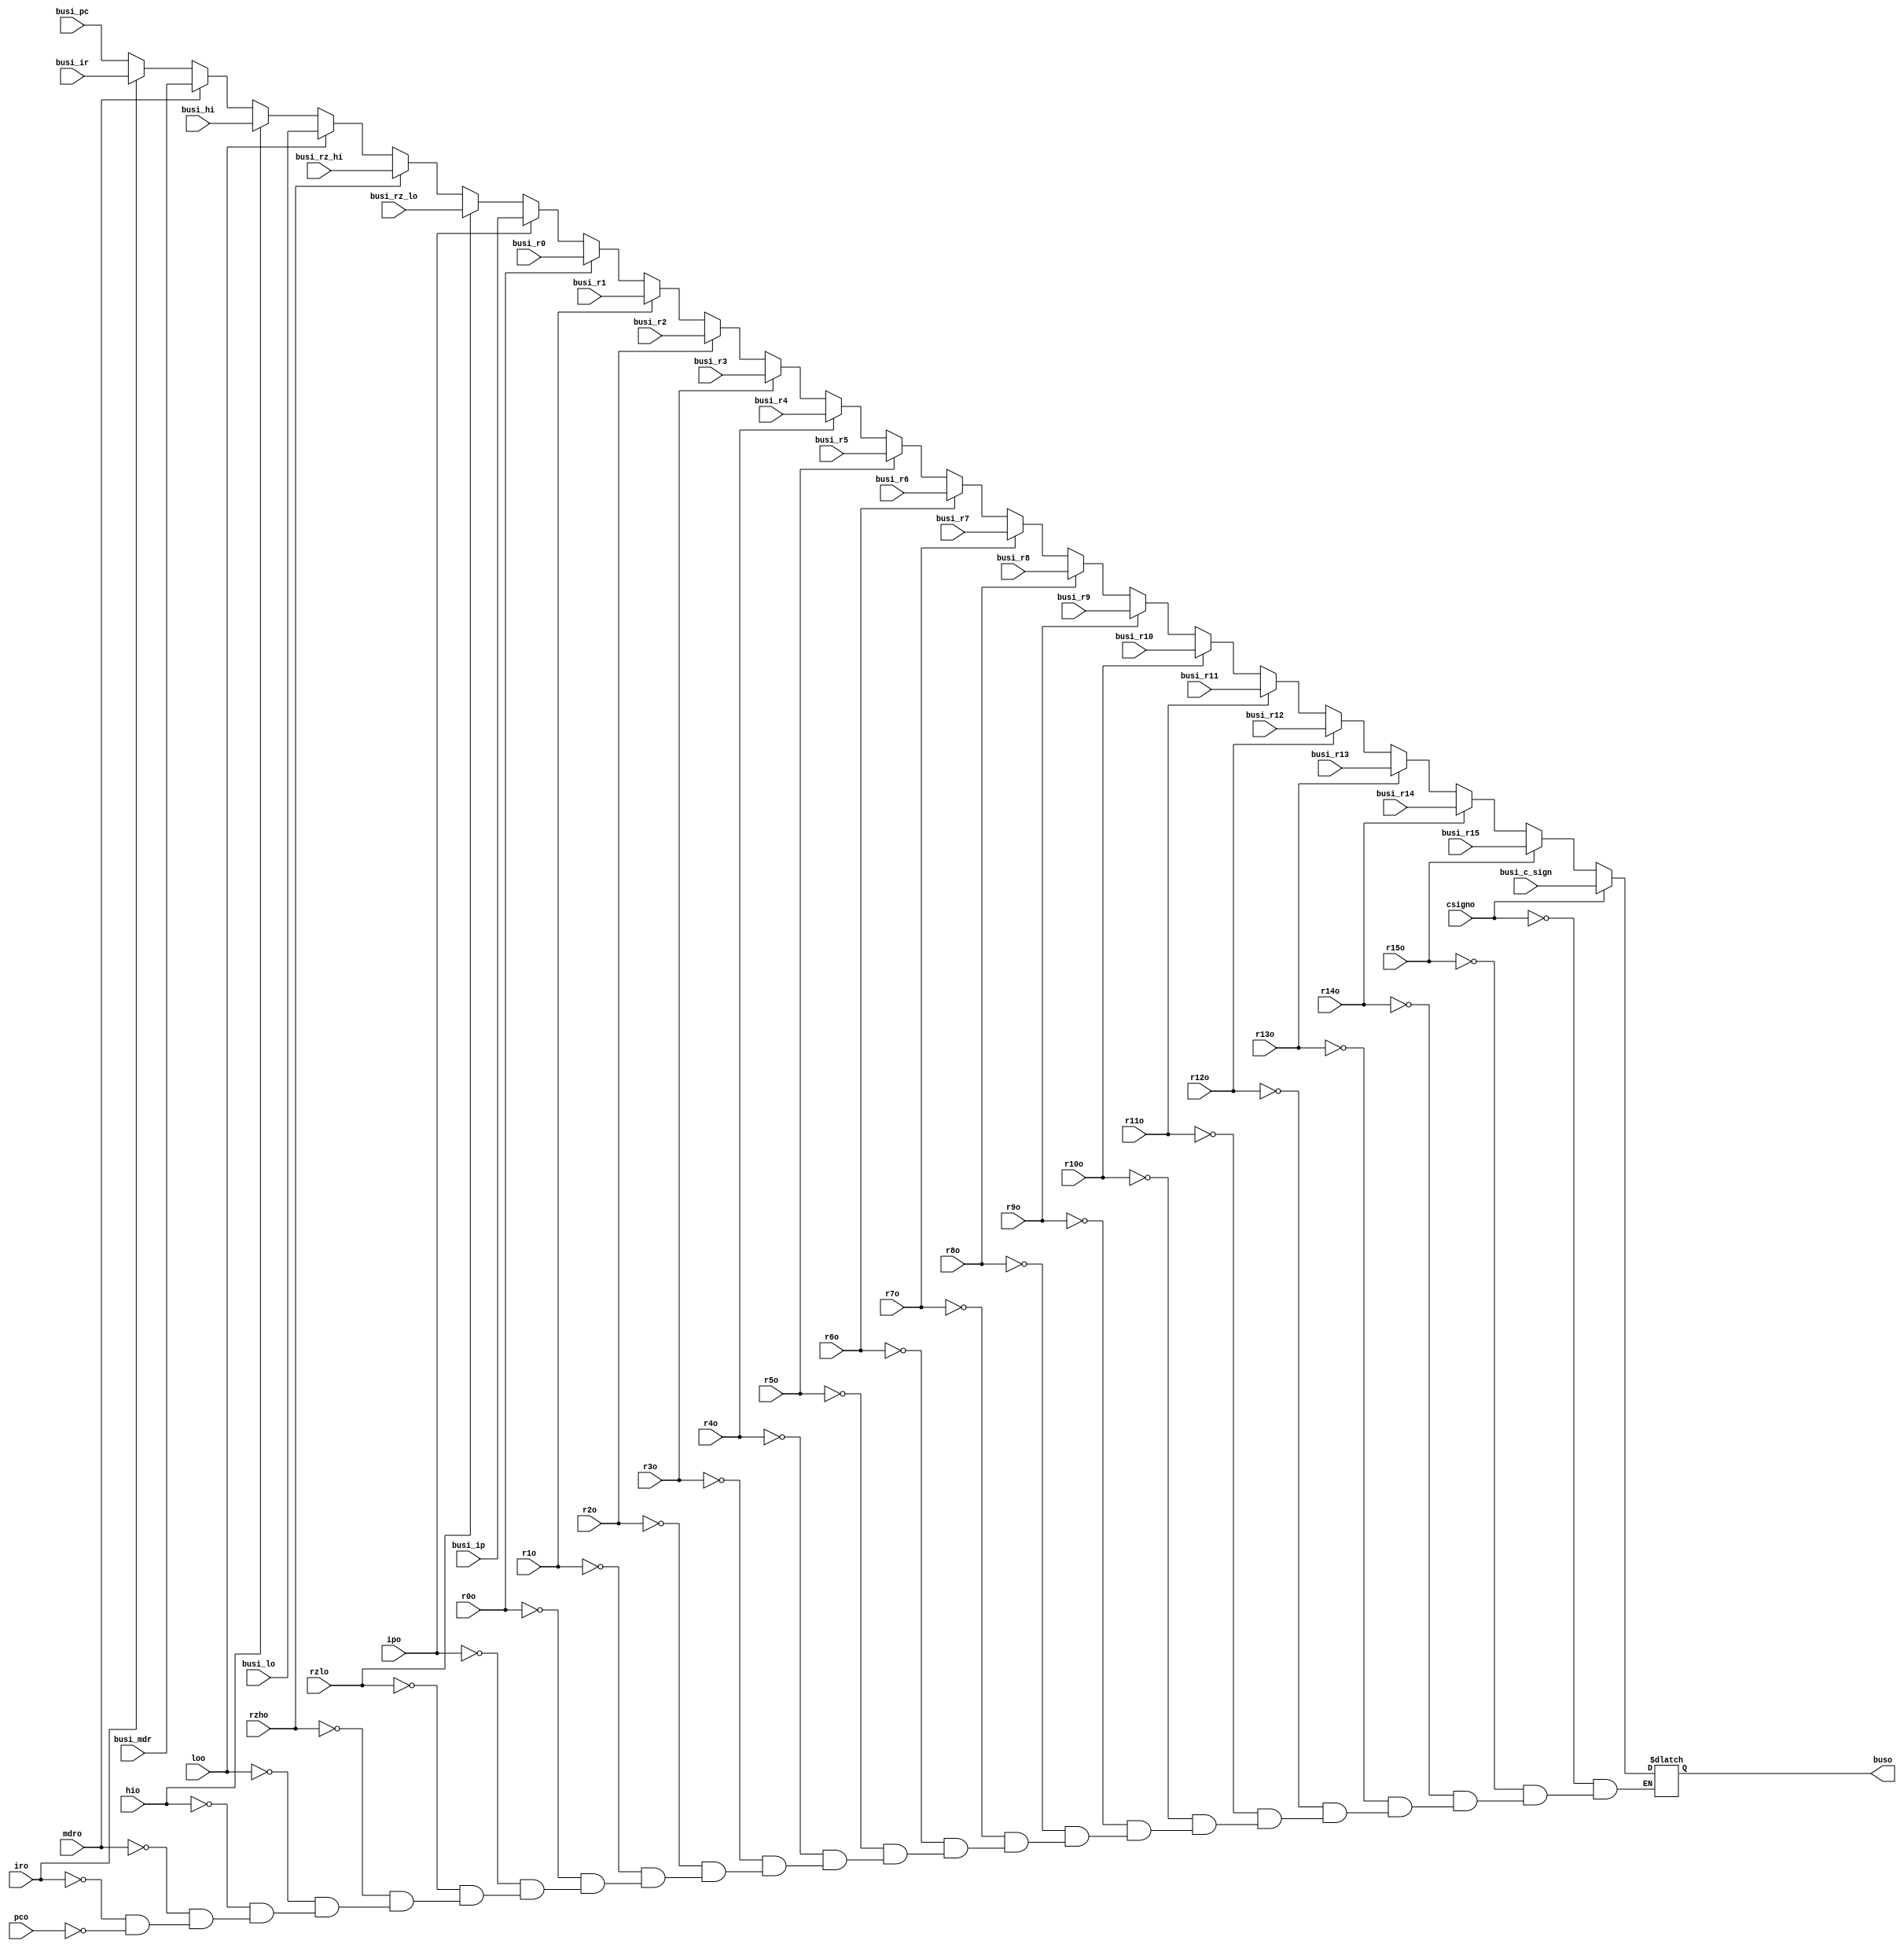

module bus (

	// mux 
	input wire [31:0] busi_pc, 
	input wire [31:0] busi_ir,
	input wire [31:0] busi_r0,
	input wire [31:0] busi_r1,
	input wire [31:0] busi_r2,
	input wire [31:0] busi_r3,
	input wire [31:0] busi_r4,
	input wire [31:0] busi_r5,
	input wire [31:0] busi_r6,
	input wire [31:0] busi_r7,
	input wire [31:0] busi_r8,
	input wire [31:0] busi_r9,
	input wire [31:0] busi_r10,
	input wire [31:0] busi_r11,
	input wire [31:0] busi_r12,
	input wire [31:0] busi_r13,
	input wire [31:0] busi_r14,
	input wire [31:0] busi_r15,
	input wire [31:0] busi_mdr,
	input wire [31:0] busi_hi,
	input wire [31:0] busi_lo,
	input wire [31:0] busi_rz_hi,
	input wire [31:0] busi_rz_lo,
	input wire [31:0] busi_ip,
	input wire [31:0] busi_c_sign,

	// encoder
	input wire pco, iro,
	input wire mdro, 
	input wire hio, loo, rzho, rzlo,
	input wire ipo,
	input wire r0o,
	input wire r1o,
	input wire r2o,
	input wire r3o,
	input wire r4o,
	input wire r5o,
	input wire r6o,
	input wire r7o,
	input wire r8o,
	input wire r9o,
	input wire r10o,
	input wire r11o,
	input wire r12o,
	input wire r13o,
	input wire r14o,
	input wire r15o,
	input wire csigno,

	// output
	output wire [31:0] buso
);

	reg [31:0] q;

	always @ (*) begin
		if(pco) q = busi_pc;
		if(iro) q = busi_ir;

		if(mdro) q = busi_mdr;
		
		if(hio) q = busi_hi;
		if(loo) q = busi_lo;
		
		if(rzho) q = busi_rz_hi;
		if(rzlo) q = busi_rz_lo;
		
		if(ipo) q = busi_ip;

		if(r0o) q = busi_r0;
		if(r1o) q = busi_r1;
		if(r2o) q = busi_r2;
		if(r3o) q = busi_r3;
		if(r4o) q = busi_r4;
		if(r5o) q = busi_r5;
		if(r6o) q = busi_r6;
		if(r7o) q = busi_r7;
		if(r8o) q = busi_r8;
		if(r9o) q = busi_r9;
		if(r10o) q = busi_r10;
		if(r11o) q = busi_r11;
		if(r12o) q = busi_r12;
		if(r13o) q = busi_r13;
		if(r14o) q = busi_r14;
		if(r15o) q = busi_r15;
		
		if(csigno) q = busi_c_sign;
	end

	assign buso = q;

endmodule